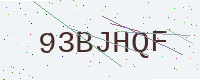
Text: 93BJHQF